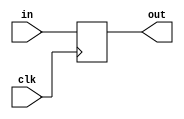
module DFF(clk, in, out);
	parameter n=8; //bits held
	input clk;
	input [n-1:0] in;
	output [n-1:0] out;
	reg [n-1:0] out;

	always@(posedge clk)
		out = in;
endmodule